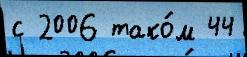
с 2006 тако́м 44